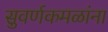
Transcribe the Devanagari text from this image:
सुवर्णकमळांना